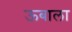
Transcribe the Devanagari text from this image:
ऊबाला